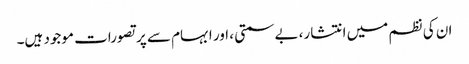
ان کی نظم میں انتشار، بے سمتی ، اور ابہام سے پر تصورات موجود ہیں۔